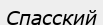
Спасский